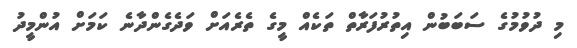
މި ދުވުމުގެ ސަބަބުން އިތުރުފަރާތް ތަކެއް މީގެ ތެރެއަށް ވަދެގެންދާނެ ކަމަށް އުންމީދު